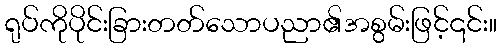
ရုပ်ကိုပိုင်းခြားတတ်သောပညာ၏အစွမ်းဖြင့်၎င်း။